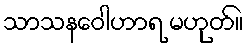
သာသနဝေါဟာရ မဟုတ်။